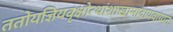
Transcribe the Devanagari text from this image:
ततोयज्ञियवृक्षोत्थांशाखामादायवाग्यतः